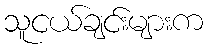
သူငယ်ချင်းများက